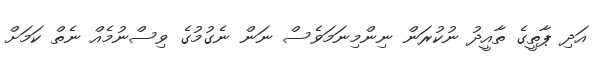
އަދި ޕާތީގެ ތާއީދު ނުކުރަން ނިންމިނަމަވެސް ނަން ނެގުމުގެ ވިސްނުމެއް ނެތް ކަމަށް